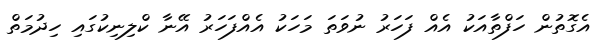
އެގޮތުން ހަފްތާއަކު އެއް ފަހަރު ނުވަތަ މަހަކު އެއްފަހަރު އޭނާ ކްލިނިކުގައި ހިދުމަތް